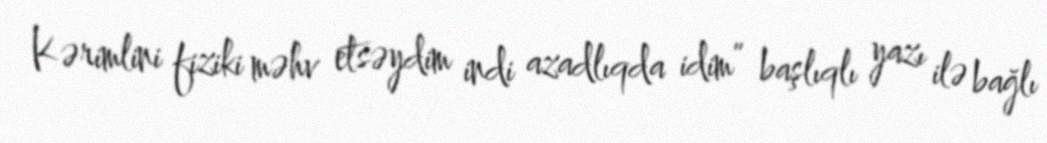
Kərimlini fiziki məhv etsəydim indi azadlıqda idim” başlıqlı yazı ilə bağlı